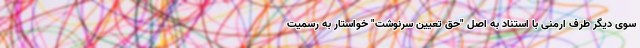
سوی دیگر طرف ارمنی با استناد به اصل "حق تعیین سرنوشت" خواستار به رسمیت